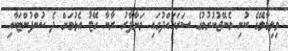
ވިލިމާލޭގެ ކުނި މެނޭޖުކުރުމުގެ ސަރަހައްދުގައި ވަށާފާރު ރާނާ ގޭޓު އެޅުމަށް ދެ ކުންފުންޏަކާއި